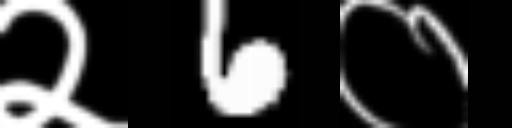
Text: २6०